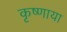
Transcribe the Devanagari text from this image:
कृष्णाया